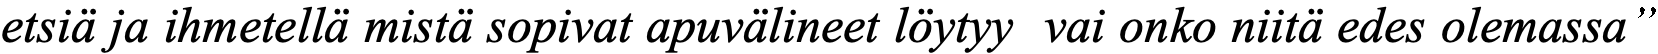
etsiä ja ihmetellä mistä sopivat apuvälineet löytyy vai onko niitä edes olemassa”